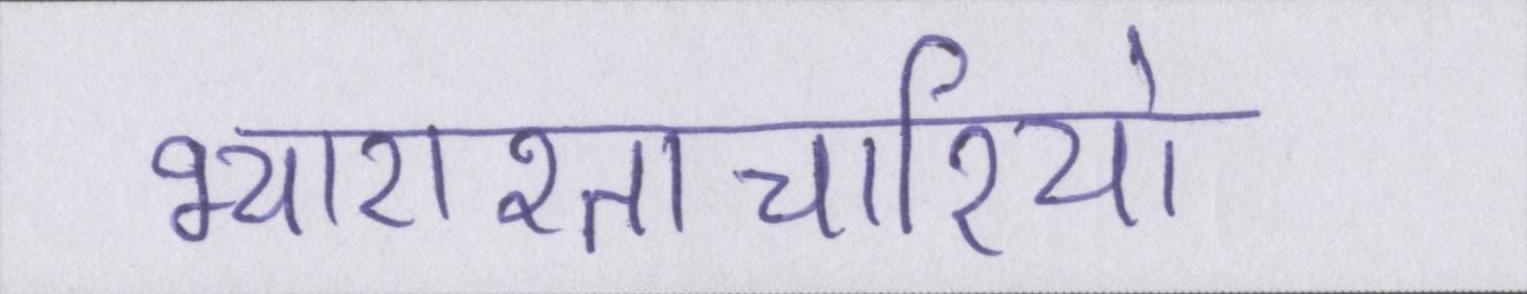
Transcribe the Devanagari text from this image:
भ्याराश्ताचारियो